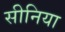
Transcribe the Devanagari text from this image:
सीनिया